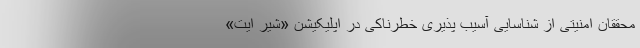
محققان امنیتی از شناسایی آسیب پذیری خطرناکی در اپلیکیشن «شیر ایت»